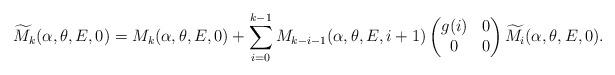
LaTeX: \begin{align*} \begin{aligned} \widetilde{M}_{k}(\alpha,\theta,E,0)&=M_k(\alpha,\theta,E,0)+\sum_{i=0}^{k-1}M_{k-i-1}(\alpha,\theta,E,i+1)\begin{pmatrix} g(i)&0\\ 0&0 \end{pmatrix}\widetilde{M}_{i}(\alpha,\theta,E,0).\\ \end{aligned}\end{align*}